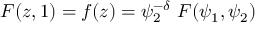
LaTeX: F ( z , 1 ) = f ( z ) = \psi _ { 2 } ^ { - \delta } ~ F ( \psi _ { 1 } , \psi _ { 2 } )